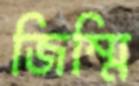
জিম্মি